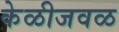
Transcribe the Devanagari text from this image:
केळीजवळ